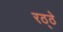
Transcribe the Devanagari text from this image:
रठ्ठे